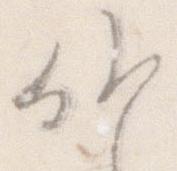
候